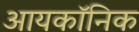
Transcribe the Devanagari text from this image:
आयकॉनिक